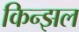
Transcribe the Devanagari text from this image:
किन्झल